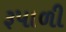
રૂપાળી